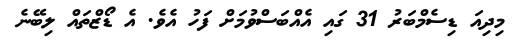
މިދިއަ ޑިސެމްބަރު 31 ގައި އެއްބަސްވުމަށް ފަހު އެވެ. އެ ޑޯޒްތައް ލިބޭނެ